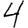
Digit: 4